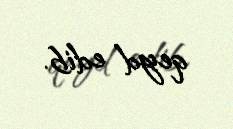
qeyd edib.